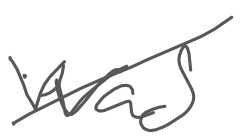
Text: was
Cross-out: diagonal
Writing tool: digital_gray